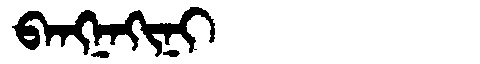
Manchu: ᠪᠠᠩᠨᠠᡴᡳᠨᡳ
Romanization: BANGNAKINI